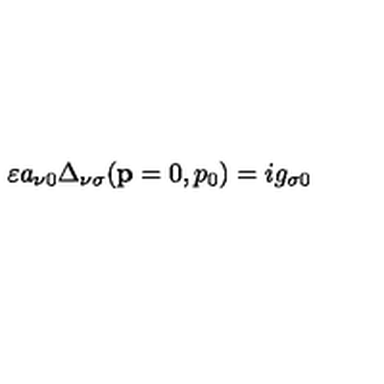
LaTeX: \varepsilon a _ { \nu 0 } \Delta _ { \nu \sigma } ( \mathbf { p } = 0 , p _ { 0 } ) = i g _ { \sigma 0 }